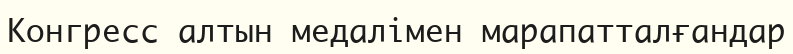
Конгресс алтын медалімен марапатталғандар